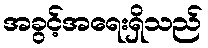
အခွင့်အရေးရှိသည်